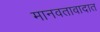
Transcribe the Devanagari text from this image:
मानवतावादात